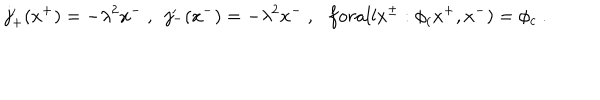
j _ { + } ^ { \prime } ( x ^ { + } ) = - \lambda ^ { 2 } x ^ { - } \ , \ \ j _ { - } ^ { \prime } ( x ^ { - } ) = - \lambda ^ { 2 } x ^ { - } \ , \ \ \, f o r a l l x ^ { \pm } : \phi _ { ( } x ^ { + } , x ^ { - } ) = \phi _ { c } \ .